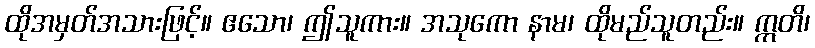
ထိုအမှတ်အသားဖြင့်။ ဧသော၊ ဤသူကား။ အသုကော နာမ၊ ထိုမည်သူတည်း။ ဣတိ၊